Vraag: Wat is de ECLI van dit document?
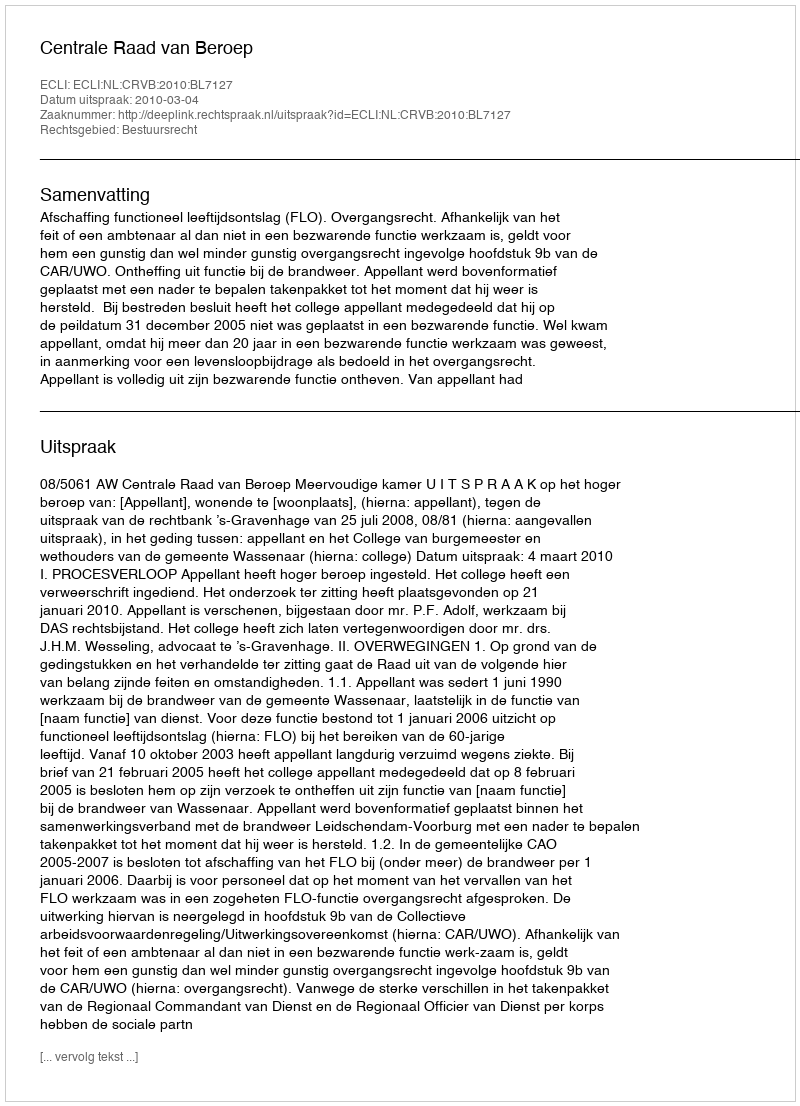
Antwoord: ECLI:NL:CRVB:2010:BL7127